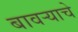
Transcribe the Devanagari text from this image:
बावऱ्याचे